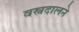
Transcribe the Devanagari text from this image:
वस्त्रदालने